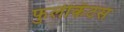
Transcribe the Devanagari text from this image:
फुलीकॅटस